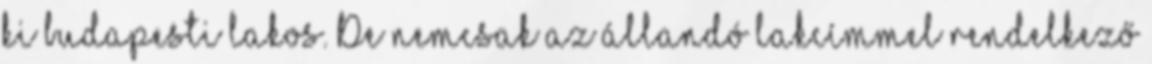
ki budapesti lakos. De nemcsak az állandó lakcímmel rendelkező